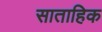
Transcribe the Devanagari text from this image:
साताहिक